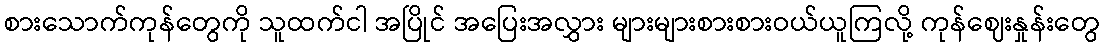
စားသောက်ကုန်တွေကို သူထက်ငါ အပြိုင် အပြေးအလွှား များများစားစားဝယ်ယူကြလို့ ကုန်ဈေးနှုန်းတွေ